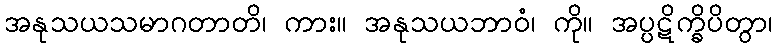
အနုသယသမာဂတာတိ၊ ကား။ အနုသယဘာဝံ၊ ကို။ အပ္ပဋိက္ခိပိတွာ၊